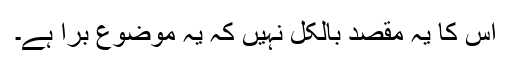
اس کا یہ مقصد بالکل نہیں کہ یہ موضوع برا ہے۔